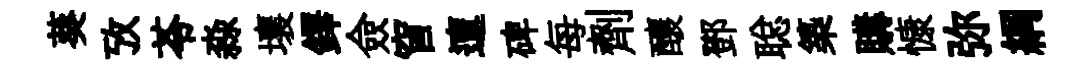
葵攷苓淼壤鐸僉窅邅碑每劑釀鄧聪築購慷弥綱